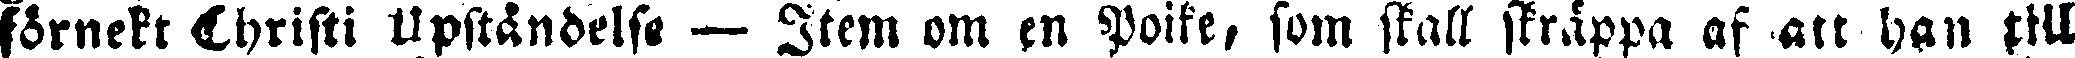
förnekt Chrsti Upståndelse — Item om en Poike, som skall skräppa af att han till